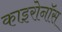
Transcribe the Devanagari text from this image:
काइरोनॉस